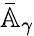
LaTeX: \bar{\mathbb{A}}_{\gamma}